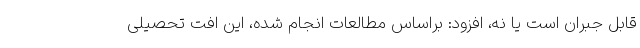
قابل جبران است یا نه، افزود: براساس مطالعات انجام شده، این افت تحصیلی